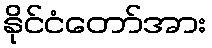
နိုင်ငံတော်အား